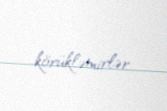
körükləmirlər.